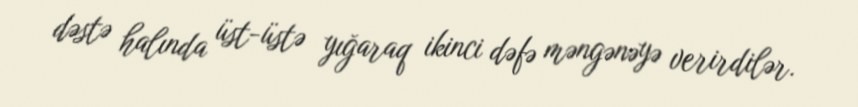
dəstə halında üst-üstə yığaraq ikinci dəfə məngənəyə verirdilər.